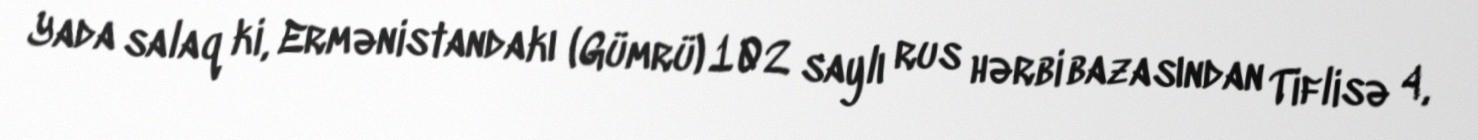
Yada salaq ki, Ermənistandakı (Gümrü) 102 saylı rus hərbi bazasından Tiflisə 4,